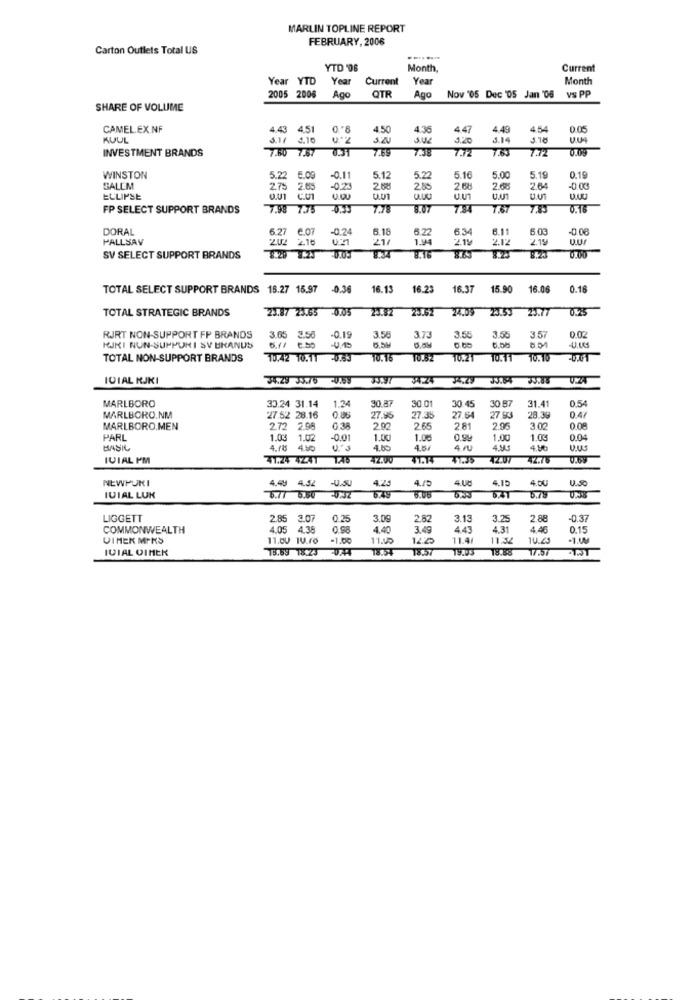
MARLIN TOPLINE REPORT
FEBRUARY, 2006
Carton Outlets Total US
YTD '06
Month,
Current
Year YTD
Year
Current
Year
Month
Ago
OTR
2005 2006
Ago
Nov '05 Dec '05 Jan '06 vs PP
SHARE OF VOLUME
CAMEL.EX.NF
4.43 4,51
4.50
4.36
4.47
4.49
4.54
0.05
KUUL
5.1/ 4.10
4.10
SUR
320
5.14
INVESTMENT BRANDS
7460 7.67 0.31
7.72
7.83
7272
WINSTON
5.2
5.09
-0.11
5.12
5.22
5.10
5.00
5.19
0.19
SALEM
2.75 2.65
2.65
-023
2.88
2.85
2.68
2.68
2.64
-0.00
ECLIPSE
O.U1 C.U1
u.U
U.UT
FP SELECT SUPPORT BRANDS
7.98 7.75
7.78
8.07
734
7.67
0.16
DORAL
6.27
e.07
-0.24
6.18
6.22
6.11
6.03
-0 06
FALLSAV
202 2.16
21/
1.94
219
6.34
2.12
219
SV SELECT SUPPORT BRANDS
8.20 1.20
0.00
TOTAL SELECT SUPPORT BRANDS 18.27 15.97
-0.36
16.13
16.23
16.37
15.90
16.00
0.16
TOTAL STRATEGIC BRANDS
23.87 23.65 0.05
22.82
24.09
RJRT NON-SUPPORT FP BRANDS
6.11
3.65 3.50
0.19
3.58
3.7
3.56
3.55
3.57
0.02
KJKI NUN-SUPPURI SY URANUS
TOTAL NON-SUPPORT BRANDS
10.42 10.11
TO.82
10.21
10.11
10.10
-U.UT
IDIAL RJKI
34.29 35:76
33.97
34.24
V.Z4
MARLBORO
33.24 31.14
1.34
30.8
30 87
0.54
30.01
30.45
31.41
0.47
MARLBORO.NM
27.52 28.16
27.95
27.35
27.64
27 93
28.39
MARLBORO.MEN
272 2.98
2.02
265
281
295
3.00
0.08
PARL
1.03 1.02
1.02
0.01
1.00
1.00
1.00
1.03
0.04
HASIL
4.115
450
U.S
4.65
4.64
4 /u
4.93
4.9%
U.US
IVIAL PM
41.24 424.1
42.00
TT.14
$1.35
42.76
V.by
NEWPOKI
4.44
4.52
-U.SU
4.25
4./5
4.Uč
4.50
IUIAL LUK
6.77 5.50
645
8:05
5.75
LIGGETT
2.85
2.85 3.07
3.07
3.09
282
3.13
3.25
2.88
-0.37
COMMONWEALTH
4.05 4.38
0.98
4.40
3.49
4.43
4.31
4.46
0.15
VIMEK MIKS
11.00 TU.ro
-1.00
11.00
11.4
11.32
10.43
-1.4M
IVIAL VINEK
73.59 18:23
18.54
18.57
18.88